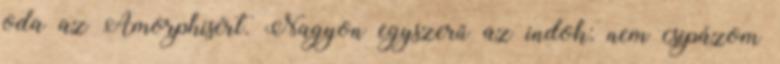
oda az Amorphisért. Nagyon egyszerű az indok: nem csipázom